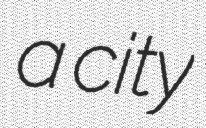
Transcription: a city